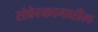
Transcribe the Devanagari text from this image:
संप्रेरकामधील